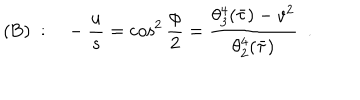
LaTeX: ( \mathrm { B } ) ~ : \ \ \ - { \frac { u } { s } } = \cos ^ { 2 } { \frac { \phi } { 2 } } = { \frac { \theta _ { 3 } ^ { 4 } ( \bar { \tau } ) - v ^ { 2 } } { \theta _ { 2 } ^ { 4 } ( \bar { \tau } ) } } \ \ .